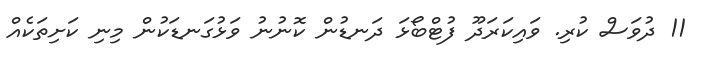
11 ދުވަސް ކުރި. ވައިކަރަދޫ ފުޓްބޯޅަ ދަނޑުން ކޮނުނު ވަޅުގަނޑަކުން މިނި ކަށިތަކެއް